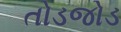
તોડજોડ